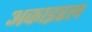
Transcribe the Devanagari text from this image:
अकाइरल